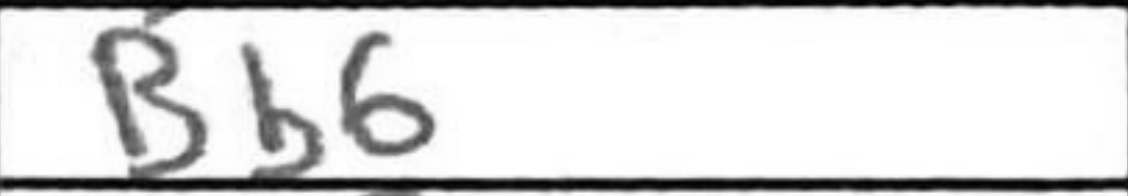
Transcription: Bb6